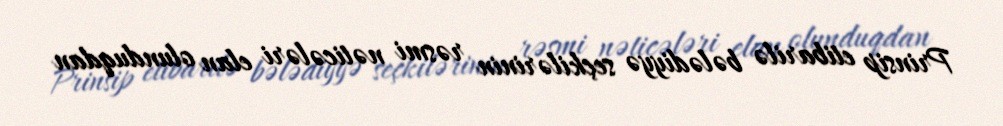
Prinsip etibarilə bələdiyyə seçkilərinin rəsmi nəticələri elan olunduqdan